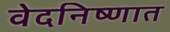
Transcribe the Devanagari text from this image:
वेदनिष्णात